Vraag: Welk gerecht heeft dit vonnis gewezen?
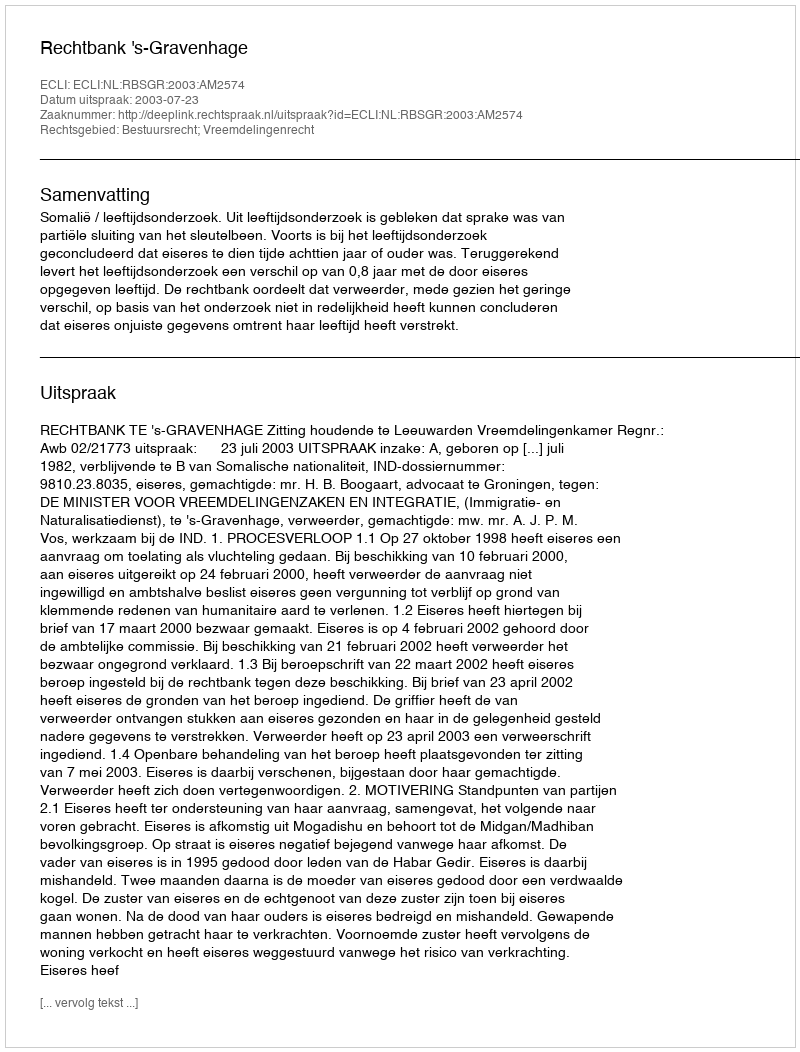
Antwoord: Rechtbank 's-Gravenhage